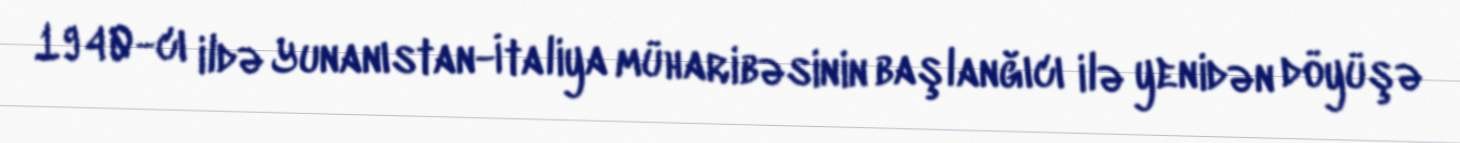
1940-cı ildə Yunanıstan-İtaliya müharibəsinin başlanğıcı ilə yenidən döyüşə